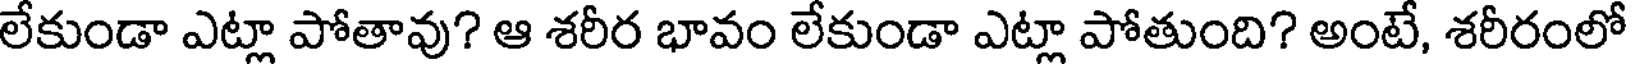
లేకుండా ఎట్లా పోతావు? ఆ శరీర భావం లేకుండా ఎట్లా పోతుంది? అంటే, శరీరంలో